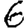
Digit: 6